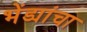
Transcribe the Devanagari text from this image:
भेंड्यांचा